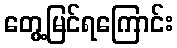
တွေ့မြင်ရကြောင်း